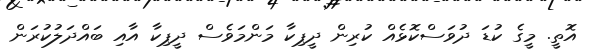
އޮތީ. މީގެ ކުޑަ ދުވަސްކޮޅެއް ކުރިން ދީޕިކާ މަންމަވެސް ދީޕިކާ އާއި ބައްދަލުކުރަން